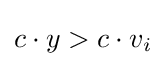
c\cdot y>c\cdot v_{i}